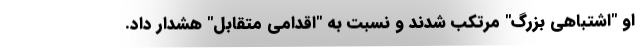
او "اشتباهی بزرگ" مرتکب شدند و نسبت به "اقدامی متقابل" هشدار داد.